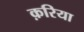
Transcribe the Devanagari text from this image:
क़रिया